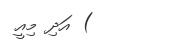
) އަދި މިއީ